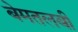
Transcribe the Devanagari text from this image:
बेमतलबी